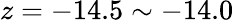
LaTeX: z=-14.5\sim-14.0